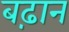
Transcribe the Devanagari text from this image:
बढ़ान